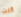
كنت